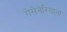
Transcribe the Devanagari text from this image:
गेसेनेरियाना